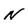
Character: N